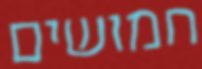
חמושים